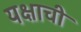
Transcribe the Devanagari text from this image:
यक्षाची